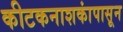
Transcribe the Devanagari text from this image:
कीटकनाशकांपासून